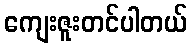
ကျေးဇူးတင်ပါတယ်